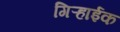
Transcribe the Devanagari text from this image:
गिऱ्हाईक